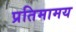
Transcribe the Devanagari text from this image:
प्रतिमामय